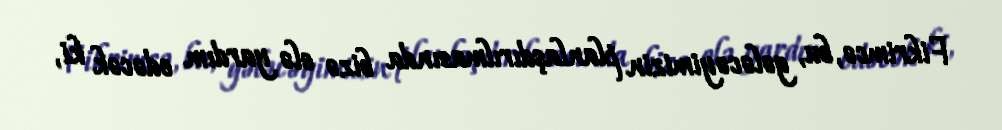
Fikrimcə, bu, gələcəyimizin planlaşdırılmasında bizə elə yardım edəcək ki,